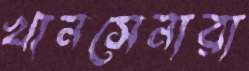
খানসেনারা